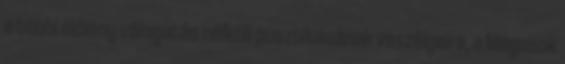
a többi élőlény válogatás nélküli pusztításának veszélyeire, a Mágusok